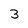
Character: 3